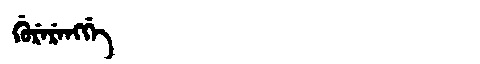
Manchu: ᡤᡠᡵᡝᡵᡝᠩᡤᡝ
Romanization: GURERENGGE